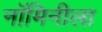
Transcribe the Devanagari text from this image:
नॉमिनीला